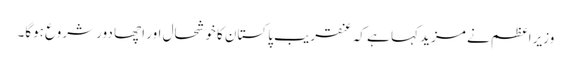
وزیراعظم نے مزید کہا ہے کہ عنقریب پاکستان کا خوشحال اور اچھا دور شروع ہوگا۔